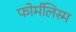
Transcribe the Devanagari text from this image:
फोर्मलिस्म